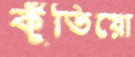
কুঁতিয়ো